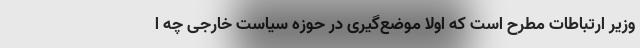
وزیر ارتباطات مطرح است که اولا موضع‌گیری در حوزه سیاست خارجی چه ا